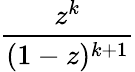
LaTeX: \frac{z^{k}}{(1-z)^{k+1}}